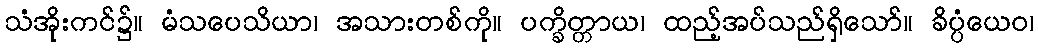
သံအိုးကင်၌။ မံသပေသိယာ၊ အသားတစ်ကို။ ပက္ခိတ္တာယ၊ ထည့်အပ်သည်ရှိသော်။ ခိပ္ပံယေဝ၊